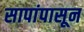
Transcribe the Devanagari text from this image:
सापांपासून